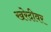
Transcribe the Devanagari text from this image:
खरेदीवर